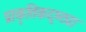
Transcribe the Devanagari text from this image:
प्राकृतिकदृष्ट्या